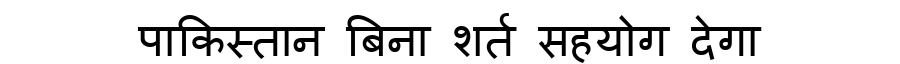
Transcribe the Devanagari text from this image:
पाकिस्तान बिना शर्त सहयोग देगा